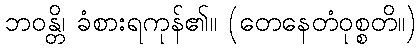
ဘဝန္တိ၊ ခံစားရကုန်၏။ (တေနေတံဝုစ္စတိ။)